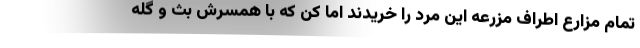
تمام مزارع اطراف مزرعه این مرد را خریدند اما کن که با همسرش بث و گله